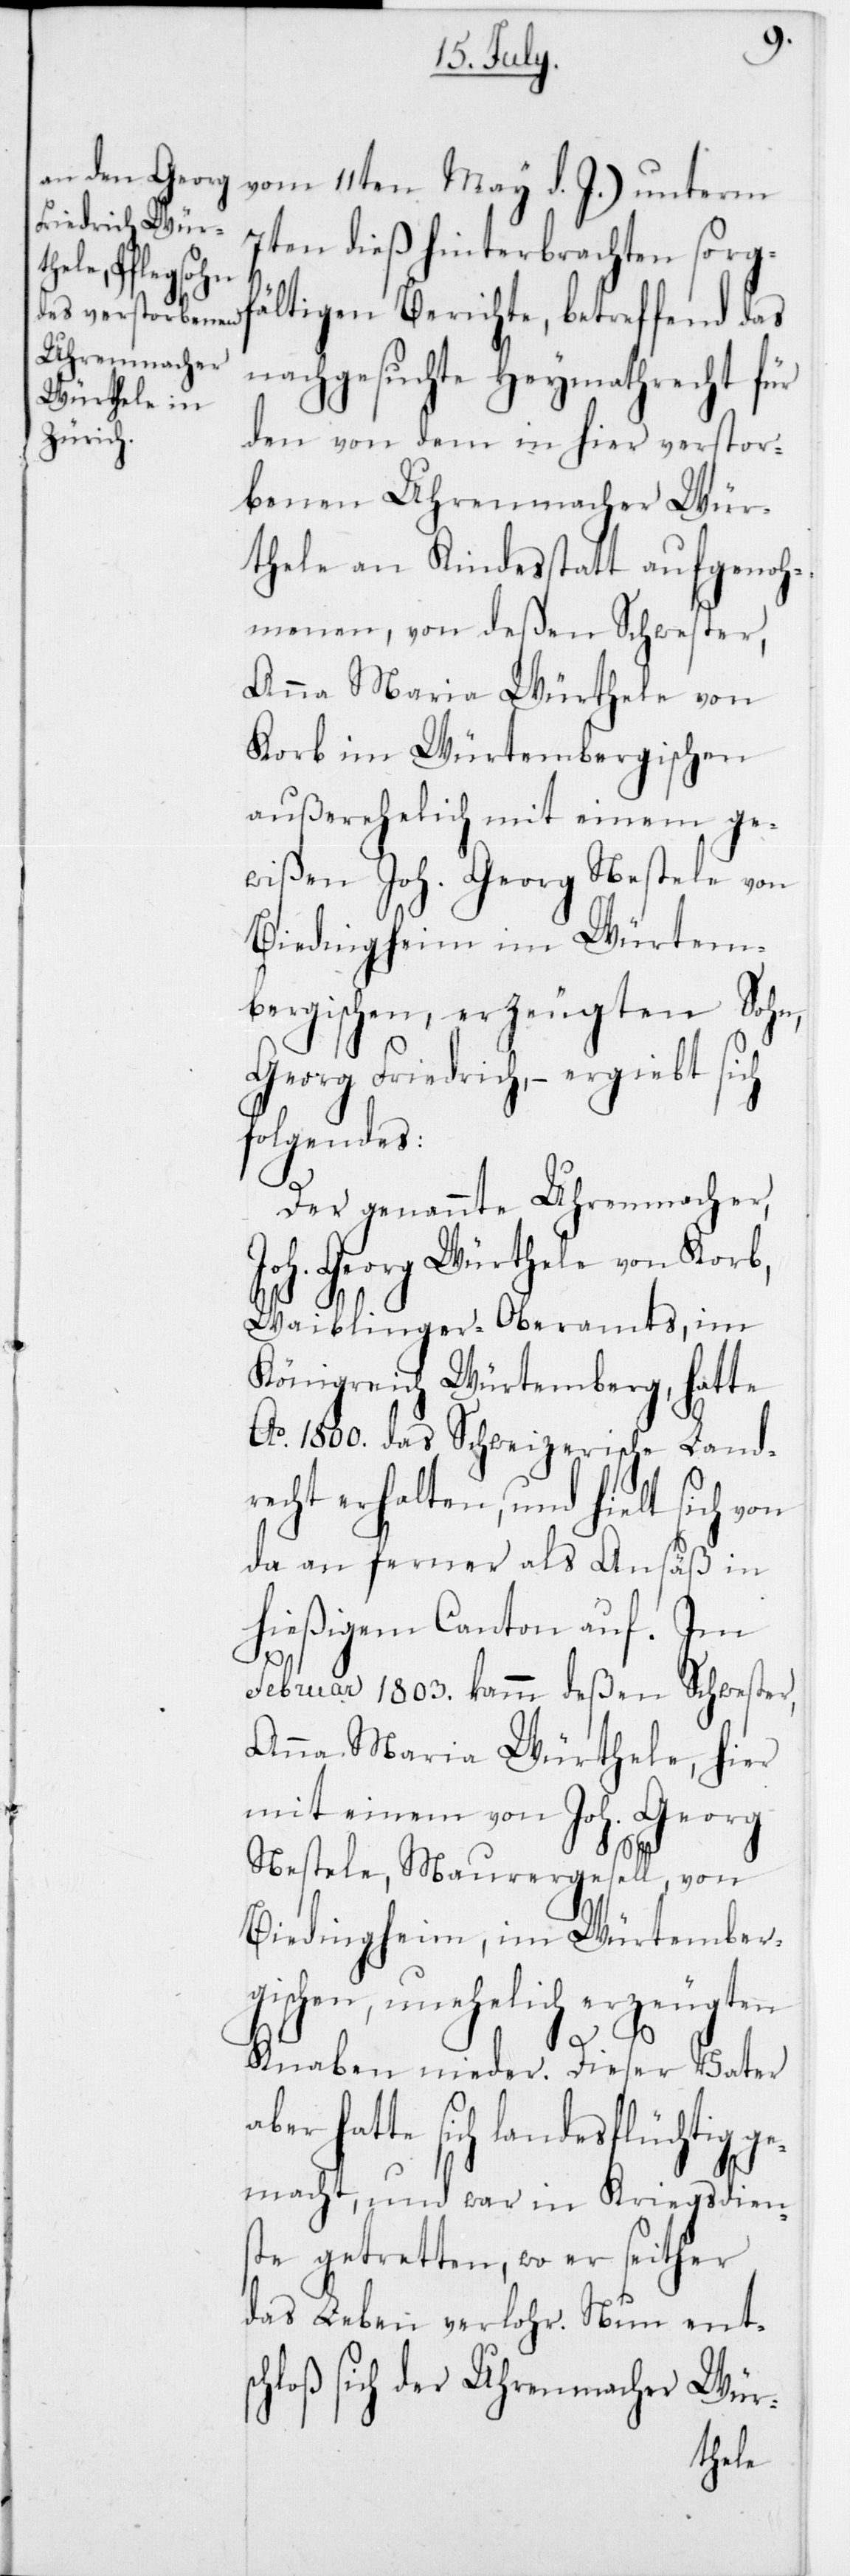
7ten dieß hinterbrachten sorgf¬
ältigen Berichte, betreffend das
nachgesuchte Heymathrecht für
den von dem in hier verstor¬
benen Uhrenmacher Wür¬
thele an Kindesstatt aufgenoh¬
menen, von deßen Schwester,
Anna Maria Würthele von
Korb im Würtembergischen
außerehelich mit einem ge¬
wißen Joh. Georg Nestele von
Biedingheim im Würtem¬
bergischen, erzeugten Sohn,
Georg Friedrich, – ergiebt sich
folgendes:
Der genannte Uhrenmacher,
Joh. Georg Würthele von Korb,
Waiblinger-Oberamts, im
Königreich Würtemberg, hatte
Ao 1800 das Schweizerische Land¬
recht erhalten, und hielt sich von
da an ferner als Ansäß in
hießigem Canton auf. Im
Februar 1803 kam deßen Schwester,
Anna Maria Würthele hier
mit einem von Joh. Georg
d. J.)
Nestele, Maurergesell von
Biedingheim, im Würtember¬
gischen, unehelich erzeugten
a¬
Knaben nieder. Dieser Vater
ber hatte sich landesflüchtig g¬
emacht, und war in Kriegsdien¬
ste getretten, wo er seither
das Leben verlohr. Nun ents¬
chloß sich der Uhrenmacher Wür-